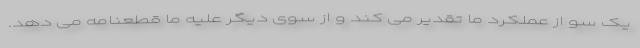
یک سو از عملکرد ما تقدیر می کند و از سوی دیگر علیه ما قطعنامه می دهد.